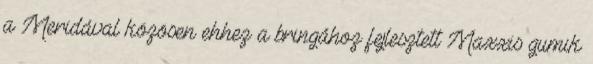
a Meridával közösen ehhez a bringához fejlesztett Maxxis gumik